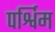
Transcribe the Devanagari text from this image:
पर्श्विम